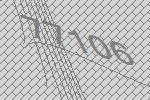
77106